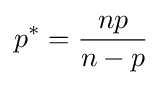
p^{*}={\frac {np}{n-p}}